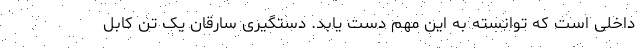
داخلی است که توانسته به این مهم دست یابد. دستگیری سارقان یک تن کابل